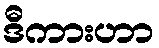
ဒီကားဟာ